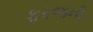
ફરજની